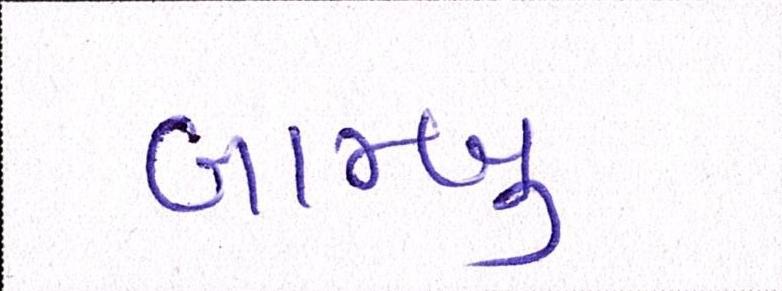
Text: બામ્બુ